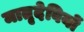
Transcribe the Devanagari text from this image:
मातृदेवियों